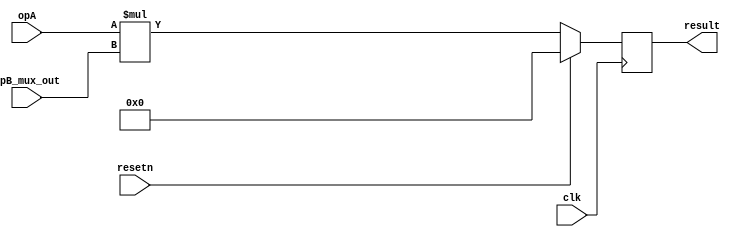
`define VAL 31
`define WIDTH 32
`define NUMREGS 32
`define LOG2NUMREGS 5
`define PC_WIDTH 30
`define I_DATAWIDTH 32
`define I_ADDRESSWIDTH 14
`define I_SIZE 16384
`define D_ADDRESSWIDTH 32
`define DM_DATAWIDTH 32
`define DM_BYTEENAWIDTH 4
`define DM_ADDRESSWIDTH 10
`define DM_SIZE 16384
`define     OP_SPECIAL       6'b000000
`define     OP_REGIMM        6'b000001
`define     OP_J             6'b000010
`define     OP_JAL           6'b000011
`define     OP_BEQ           6'b000100
`define     OP_BNE           6'b000101
`define     OP_BLEZ          6'b000110
`define     OP_BGTZ          6'b000111
`define     OP_ADDI          6'b001000
`define     OP_ADDIU         6'b001001
`define     OP_SLTI          6'b001010
`define     OP_SLTIU         6'b001011
`define     OP_ANDI          6'b001100
`define     OP_ORI           6'b001101
`define     OP_XORI          6'b001110
`define     OP_LUI           6'b001111
`define     OP_LB            6'b100000
`define     OP_LH            6'b100001
`define     OP_LWL           6'b100010
`define     OP_LW            6'b100011
`define     OP_LBU           6'b100100
`define     OP_LHU           6'b100101
`define     OP_LWR           6'b100110
`define     OP_SB            6'b101100
`define     OP_SH            6'b101101
`define     OP_SWL           6'b101010
`define     OP_SW            6'b101111
`define     OP_SWR           6'b101110
`define     FUNC_SLL         6'b000000
`define     FUNC_SRL         6'b000010
`define     FUNC_SRA         6'b000011
`define     FUNC_SLLV        6'b000100
`define     FUNC_SRLV        6'b000110
`define     FUNC_SRAV        6'b000111
`define     FUNC_JR          6'b001110
`define     FUNC_JALR        6'b001111
`define     FUNC_MFHI        6'b110100
`define     FUNC_MTHI        6'b110101
`define     FUNC_MFLO        6'b110110
`define     FUNC_MTLO        6'b110111
`define     FUNC_MULT        6'b111100
`define     FUNC_MULTU       6'b111101
`define     FUNC_DIV         6'b111110
`define     FUNC_DIVU        6'b111111
`define     FUNC_ADD         6'b100000
`define     FUNC_ADDU        6'b100001
`define     FUNC_SUB         6'b100010
`define     FUNC_SUBU        6'b100011
`define     FUNC_AND         6'b100100
`define     FUNC_OR          6'b100101
`define     FUNC_XOR         6'b100110
`define     FUNC_NOR         6'b100111
`define     FUNC_SLT         6'b101010
`define     FUNC_SLTU        6'b101011
`define     FUNC_BLTZ        1'b0
`define     FUNC_BGEZ        1'b1
`define     OP_COP2        6'b010010
`define     COP2_FUNC_CFC2      6'b111000
`define     COP2_FUNC_CTC2      6'b111010
`define     COP2_FUNC_MTC2      6'b111011
//`define     FUNC_BLTZAL      5'b10000
//`define     FUNC_BGEZAL      5'b10001
`define     FUNC_BLTZ        5'b00000
`define     FUNC_BGEZ        5'b00001
`define     FUNC_BLTZAL      5'b10000
`define     FUNC_BGEZAL      5'b10001
`define SIMULATION_MEMORY
//`define WIDTH 32
//`define WIDTH 32
//`define WIDTH 32
//`define WIDTH 32
//`define WIDTH 32
//`define WIDTH 32
//`define WIDTH 32
//`define WIDTH 32
//`define WIDTH 32
//`define WIDTH 32
//`define WIDTH 32
//`define WIDTH 32

module dummy_mult  (
	opA,
	opB_mux_out, 
	clk, 
	resetn, 
	result
);

input [31:0] opA;
input [31:0] opB_mux_out;
input  clk;
input  resetn;
output[31:0] result;
reg [31:0] result;


always @ (posedge clk)
begin
	if (resetn)
		result <= 32'b00000000000000000000000000000000;
	else
		//multiplier by star symbol
		//though this is probably supposed to be signed
		result <= opA * opB_mux_out;
end
endmodule